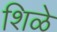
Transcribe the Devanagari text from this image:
शिळे